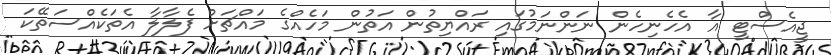
ޖީއެސްޓީ އާ އެހެނިހެން ނަންނަމުގައި ރައްޔިތުން އަތުން މަހެއްގެ މައްޗަށް ފެލާލާ އެތަކެއްސަތޭކަ